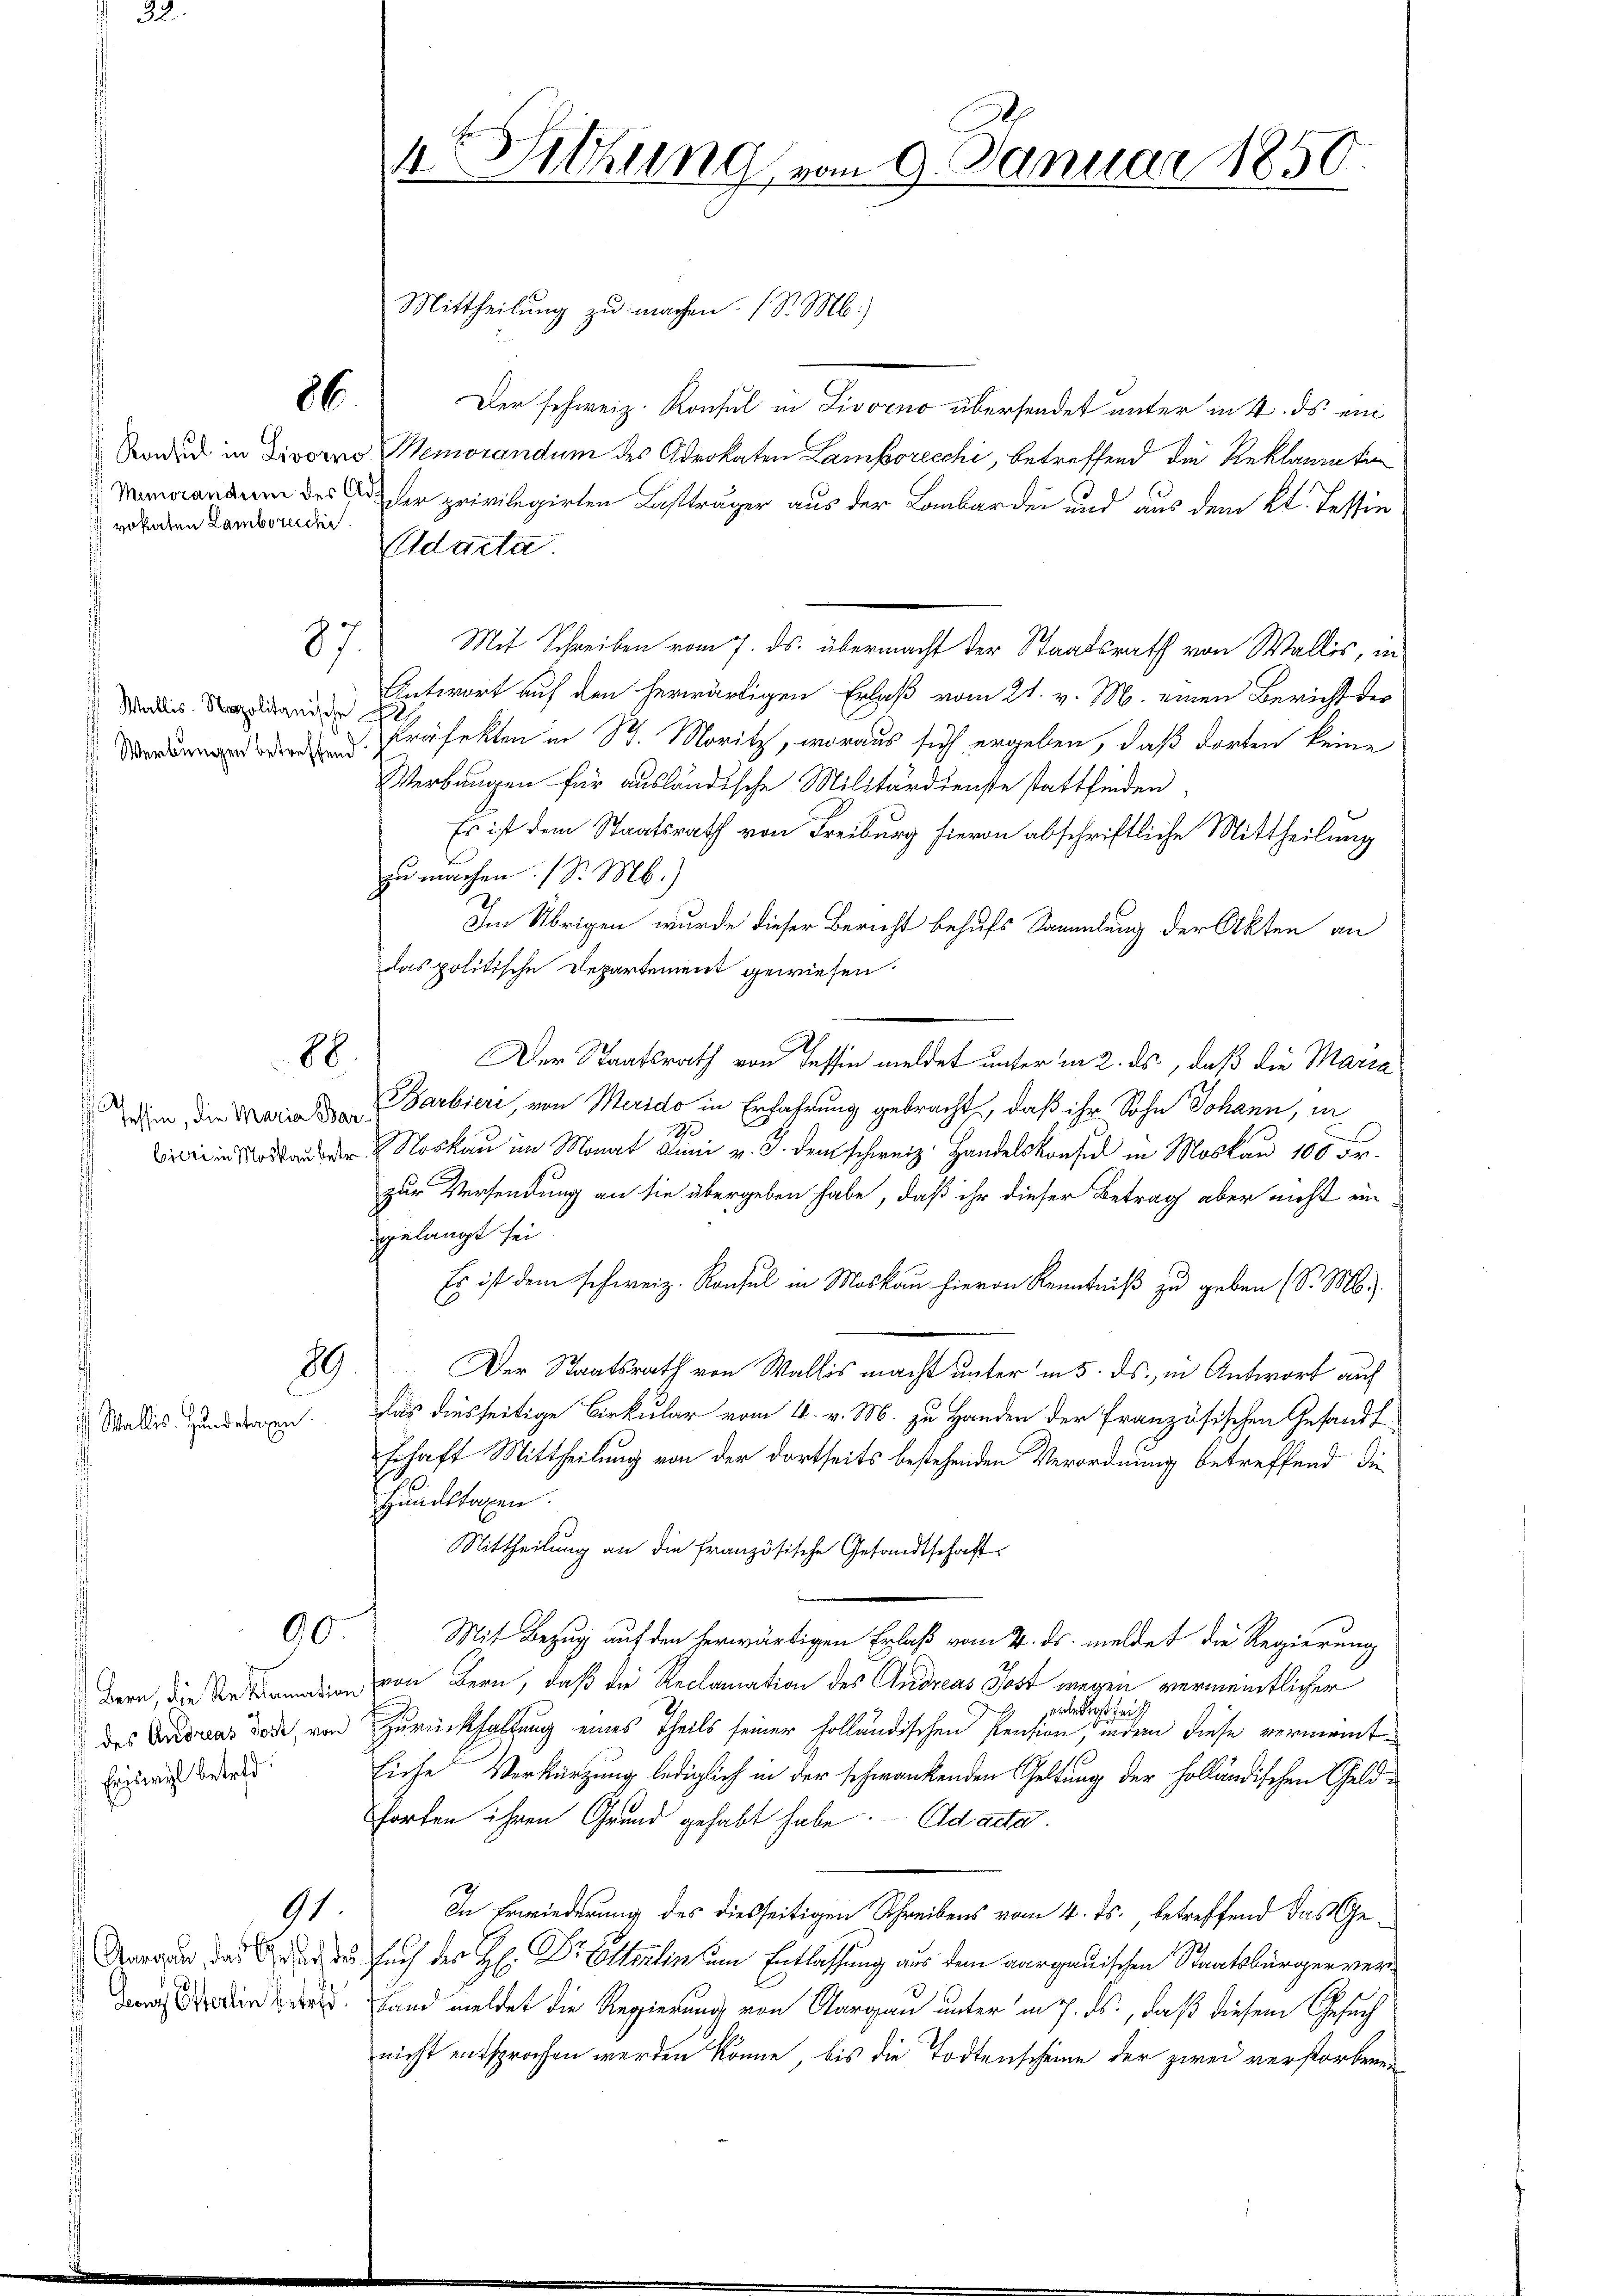
vokaten Lambereichi

Wallis. Napolitische
Werbungen betreffend

bieri in Moskau betr.

Wallis. Hundetagen.

66.

88

89.

90.

(des Andreas Jost, von
Engweil betreff

91.

87.

Ganz Osterlin betreff

1te Sitzung vom 9. Januar 1850.

Mittheilung zu machen. (S. M.)
Der schweiz. Konsul in Livorno übersendet unter in 4. ds ein
Badud in Divorno Memorandum des Advokaten Lambrecchi, betreffend die Reklamatin
Manaandum des der privilegirten Lastträger aus der Laubarden und aus dem Kl. Tessin
Adacta.
Mit Schreiben vom 7. ds. übermacht der Staatsrath von Wallis, in
Antwort auf den herwärtigen Erlaß vom 21. v. M. einen Bericht der
Präfekten in St. Moritz, woraus sich ergeben, daß dorten keine
Verbungen für ausländische Militärdienste stattfinden.
Es ist dem Staatsrath von Freiburg hievon abschriftliche Mittheilung
zu machen. (S. M.)
Im Übrigen wurde dieser Bericht behufs Sammlung der Akten an
das politische Departement gewiesen
Der Staatsrath von Tessin meldet unter in 2. ds., daß die Maria
die die Maria Barbieri, von Merido in Erfahrung gebracht, daß ihr Sohn Johann, in
e
.
Noskau im Monat dini v. J. dem schweiz. Handelskonfer in Moskau 100 Fr.
zur Versendung an sie übergeben habe, daß ihr dieser Betrag aber nicht ein
gelangt sei
Es ist dem Schweiz. Konsul in Moskau hievon Kenntniß zu geben (S. M.
Der Staatsrath von Wallis macht unter in 5. ds., in Antwort auf
Das diesseitige Birkular vom 4. v. M. zu Handen der Französischen Gesandt
schaft Mittheilung von der dortseits bestehenden Verordnung betreffend die
Hundstagen.
Mittheilung an die französische Gesandtschaft
Mit Bezug auf den herwärtigen Erlaß vom 2. ds. meldet die Regierung
Bern, die ein von Bern, daß die Reclamation des Andreas Jost wegen vermeintlicher
derart sei
Zurückhaltung eines Theils seiner holländischen Pension, inden diese vermeint¬
Eiche Verkürzung lediglich in der schwankenden Geltung der holländischen Geldorten ihren Grund gehabt habe. Ad acta.
In Erwiederung des diesseitigen Schreibens vom 4. ds., betreffend das Ge¬
Arade das der des such der H. Dr Elterlin um Entlassung aus dem aargauischen Staatsbürger ver¬
Land meldet die Regierung von Aargau unter in 7. ds., daß diesem Gesuch
nicht entsprochen werden könne, bis die Todtenscheine der zwei verstorbenen